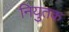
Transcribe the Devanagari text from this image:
नियुतक